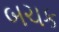
બચક